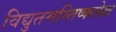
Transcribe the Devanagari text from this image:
विद्युतमस्तिष्कलेख